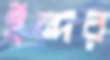
ইন্দর